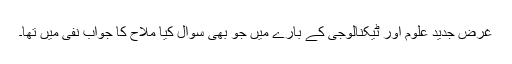
غرض جدید علوم اور ٹیکنالوجی کے بارے میں جو بھی سوال کیا ملاح کا جواب نفی میں تھا۔